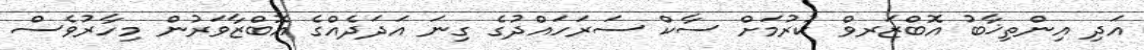
އަދި އިންތިޚާބު އޮބްޒަރވް ކުރުމަށް ސާކް ސަރަހައްދުގެ ގިނަ އަދަދެއްގެ އޮބްޒާވަރުން މިހާރުވެސް